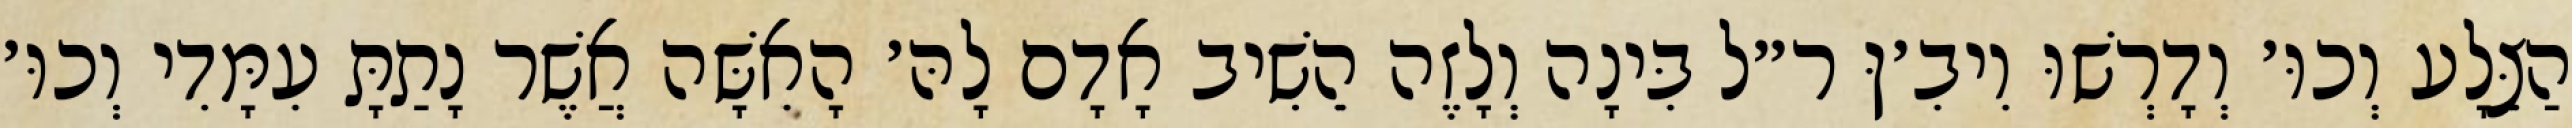
הַצֵּלָע וְכוּ׳ וְדָרְשׁוּ וִיבִ׳ןּ ר״ל בִּינָה וְלָזֶה הֵשִׁיב אָדָם לָהּ׳ הָאִשָּׁה אֲשֶׁר נָתַתָּ עִמָּדִי וְכוּ׳